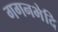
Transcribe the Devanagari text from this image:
गगनभेदि